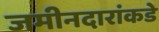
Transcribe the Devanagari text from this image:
जमीनदारांकडे